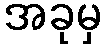
အခုမှ